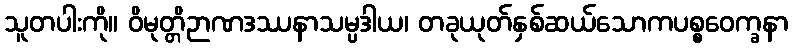
သူတပါးကို။ ဝိမုတ္တိဉာဏဒဿနာသမ္ပဒါယ၊ တခုယုတ်နှစ်ဆယ်သောကပစ္စဝေက္ခနာ